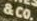
&CO.